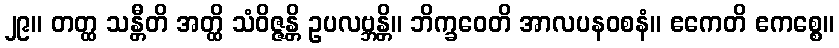
၂၉။ တတ္ထ သန္တီတိ အတ္ထိ သံဝိဇ္ဇန္တိ ဥပလဗ္ဘန္တိ။ ဘိက္ခဝေတိ အာလပနဝစနံ။ ဧကေတိ ဧကစ္စေ။